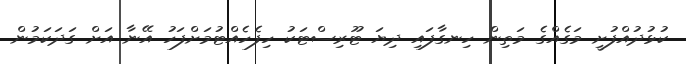
ކުޅުދުއްފުށީ މަގެއްގެ މަތިން ހިނގާފައި ދިޔަ ޓޫރިސްޓަކު ހިފެހެއްޓުމަށްފަހު އޭނާ އަށް ގަދަކަމުން